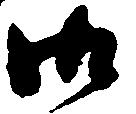
御